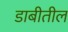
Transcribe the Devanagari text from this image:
डाबीतील